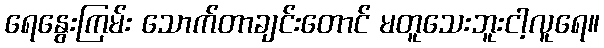
ရေနွေးကြမ်း သောက်တာချင်းတောင် မတူသေးဘူးငါ့လူရေ။